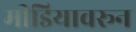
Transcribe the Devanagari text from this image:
मीडियावरून